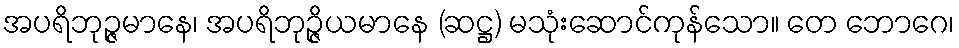
အပရိဘုဉ္ဇမာနေ၊ အပရိဘုဉ္ဇိယမာနေ (ဆဋ္ဌ) မသုံးဆောင်ကုန်သော။ တေ ဘောဂေ၊